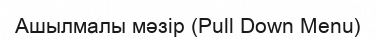
Ашылмалы мәзір (Pull Down Menu)